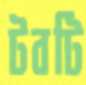
টবটি